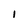
Character: 1